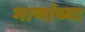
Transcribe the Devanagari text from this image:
भाणांच्या